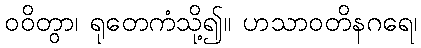
ဝဝိတွာ၊ ရုတေကံသို့၍။ ဟသာဝတိနဂရေ၊